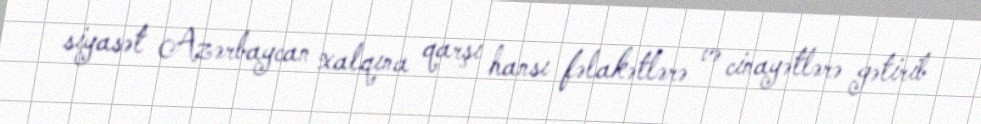
siyasət Azərbaycan xalqına qarşı hansı fəlakətlərə və cinayətlərə gətirib